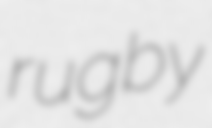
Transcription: rugby